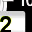
Digit: 2